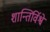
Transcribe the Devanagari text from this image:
शान्तिर्विश्वे